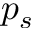
p _ { s }